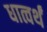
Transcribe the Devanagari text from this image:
धात्वर्थं